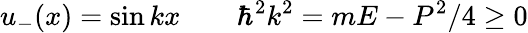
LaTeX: u_{-}(x)=\sin kx\qquad\hbar^{2}k^{2}=mE-P^{2}/4\ge 0